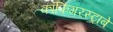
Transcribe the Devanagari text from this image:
कॉफिंगरस्ट्राबे